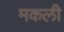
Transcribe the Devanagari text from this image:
मकली